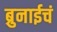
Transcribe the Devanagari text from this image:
ब्रुनाईचं